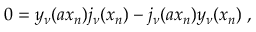
0 = y _ { \nu } ( a x _ { n } ) j _ { \nu } ( x _ { n } ) - j _ { \nu } ( a x _ { n } ) y _ { \nu } ( x _ { n } ) \; ,